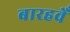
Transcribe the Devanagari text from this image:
बारहवेँ